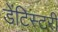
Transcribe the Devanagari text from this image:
डेंटिस्टरी